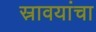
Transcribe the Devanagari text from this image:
स्रावयांचा